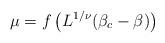
LaTeX: \begin{align*}\mu = f\left(L^{1/\nu}(\beta_c-\beta)\right)\end{align*}